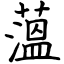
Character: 薀